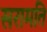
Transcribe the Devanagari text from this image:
सरामति